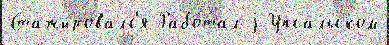
Стажировалс'я Рабо́тал j Упсальском